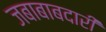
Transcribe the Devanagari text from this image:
जबाबाबदारी